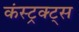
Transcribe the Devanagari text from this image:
कंस्ट्रक्ट्स